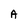
Character: A